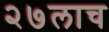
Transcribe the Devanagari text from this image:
२७लाच